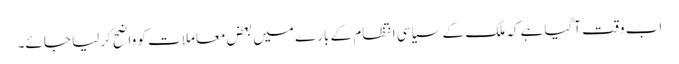
اب وقت آگیا ہے کہ ملک کے سیاسی انتظام کے بارے میں بعض معاملات کو واضح کرلیا جائے۔